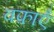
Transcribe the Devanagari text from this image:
वफ़ाएँ